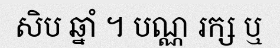
សិប ឆ្នាំ ។ បណ្ណ រក្ស ឬ